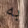
به